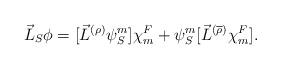
LaTeX: \begin{align*}\vec{L}_S \phi = [{\vec{L}}^{(\rho)}{\psi}_S^m]{\chi}^F_m + {\psi}_S^m[{\vec{L}}^{(\overline{\rho})}{\chi}^F_m].\end{align*}